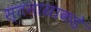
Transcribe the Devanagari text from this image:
स्तनाग्राकडे